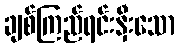
ချစ်ကြည်ရင်းနှီးသော